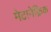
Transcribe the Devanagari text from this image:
मेटानेफ्रिक